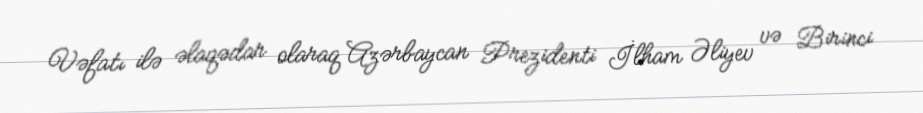
Vəfatı ilə əlaqədar olaraq Azərbaycan Prezidenti İlham Əliyev və Birinci